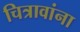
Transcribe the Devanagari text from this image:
चित्रावांना